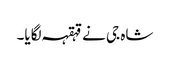
شاہ جی نے قہقہہ لگایا۔